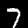
Digit: 7